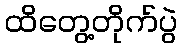
ထိတွေ့တိုက်ပွဲ